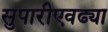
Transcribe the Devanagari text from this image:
सुपारीएवढ्या